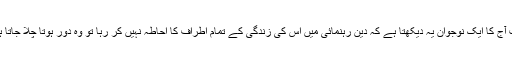
جب آج کا ایک نوجوان یہ دیکھتا ہے کہ دین رہنمائی میں اس کی زندگی کے تمام اطراف کا احاطہ نہیں کر رہا تو وہ دور ہوتا چلا جاتا ہے۔